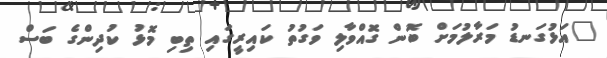
"އަޅުގަނޑު މަރާލުމަށް ބޮން ގޮއްވާލި ވަގުތު ކައިރީގައި ތިބި މޮޅު ކުދިންގެ ބަސް